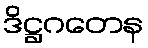
ဒိဋ္ဌဂတေန